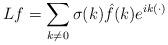
LaTeX: \begin{align*}Lf=\sum_{k\neq 0}\sigma(k)\hat f(k)e^{ik(\cdot)} \end{align*}